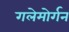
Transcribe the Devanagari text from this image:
गलेमोर्गन